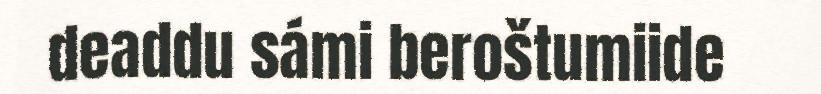
deaddu sámi beroštumiide